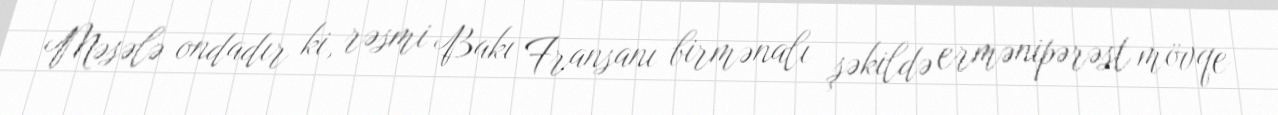
Məsələ ondadır ki, rəsmi Bakı Fransanı birmənalı şəkildə ermənipərəst mövqe